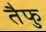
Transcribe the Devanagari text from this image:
तैफु